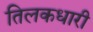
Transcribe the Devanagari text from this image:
तिलकधारी